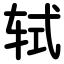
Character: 轼